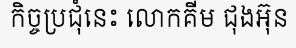
កិច្ចប្រជុំនេះ លោកគីម ជុងអ៊ុន